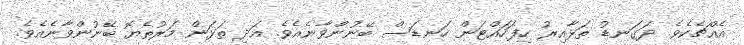
އެއްޗެކެވެ. ދަގަނޑު ތަޅާއިރު ހިފަހައްޓަން ހަނޑަސް ބޭނުންވާނެއެވެ. އަދި ތަޅަން މަރުތެޔޮ ބޭނުންވާނެއެވެ.